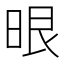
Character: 𭦂